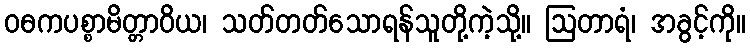
ဝဓကပစ္စာမိတ္တာဝိယ၊ သတ်တတ်သောရန်သူတို့ကဲ့သို့။ ဩတာရံ၊ အခွင့်ကို။